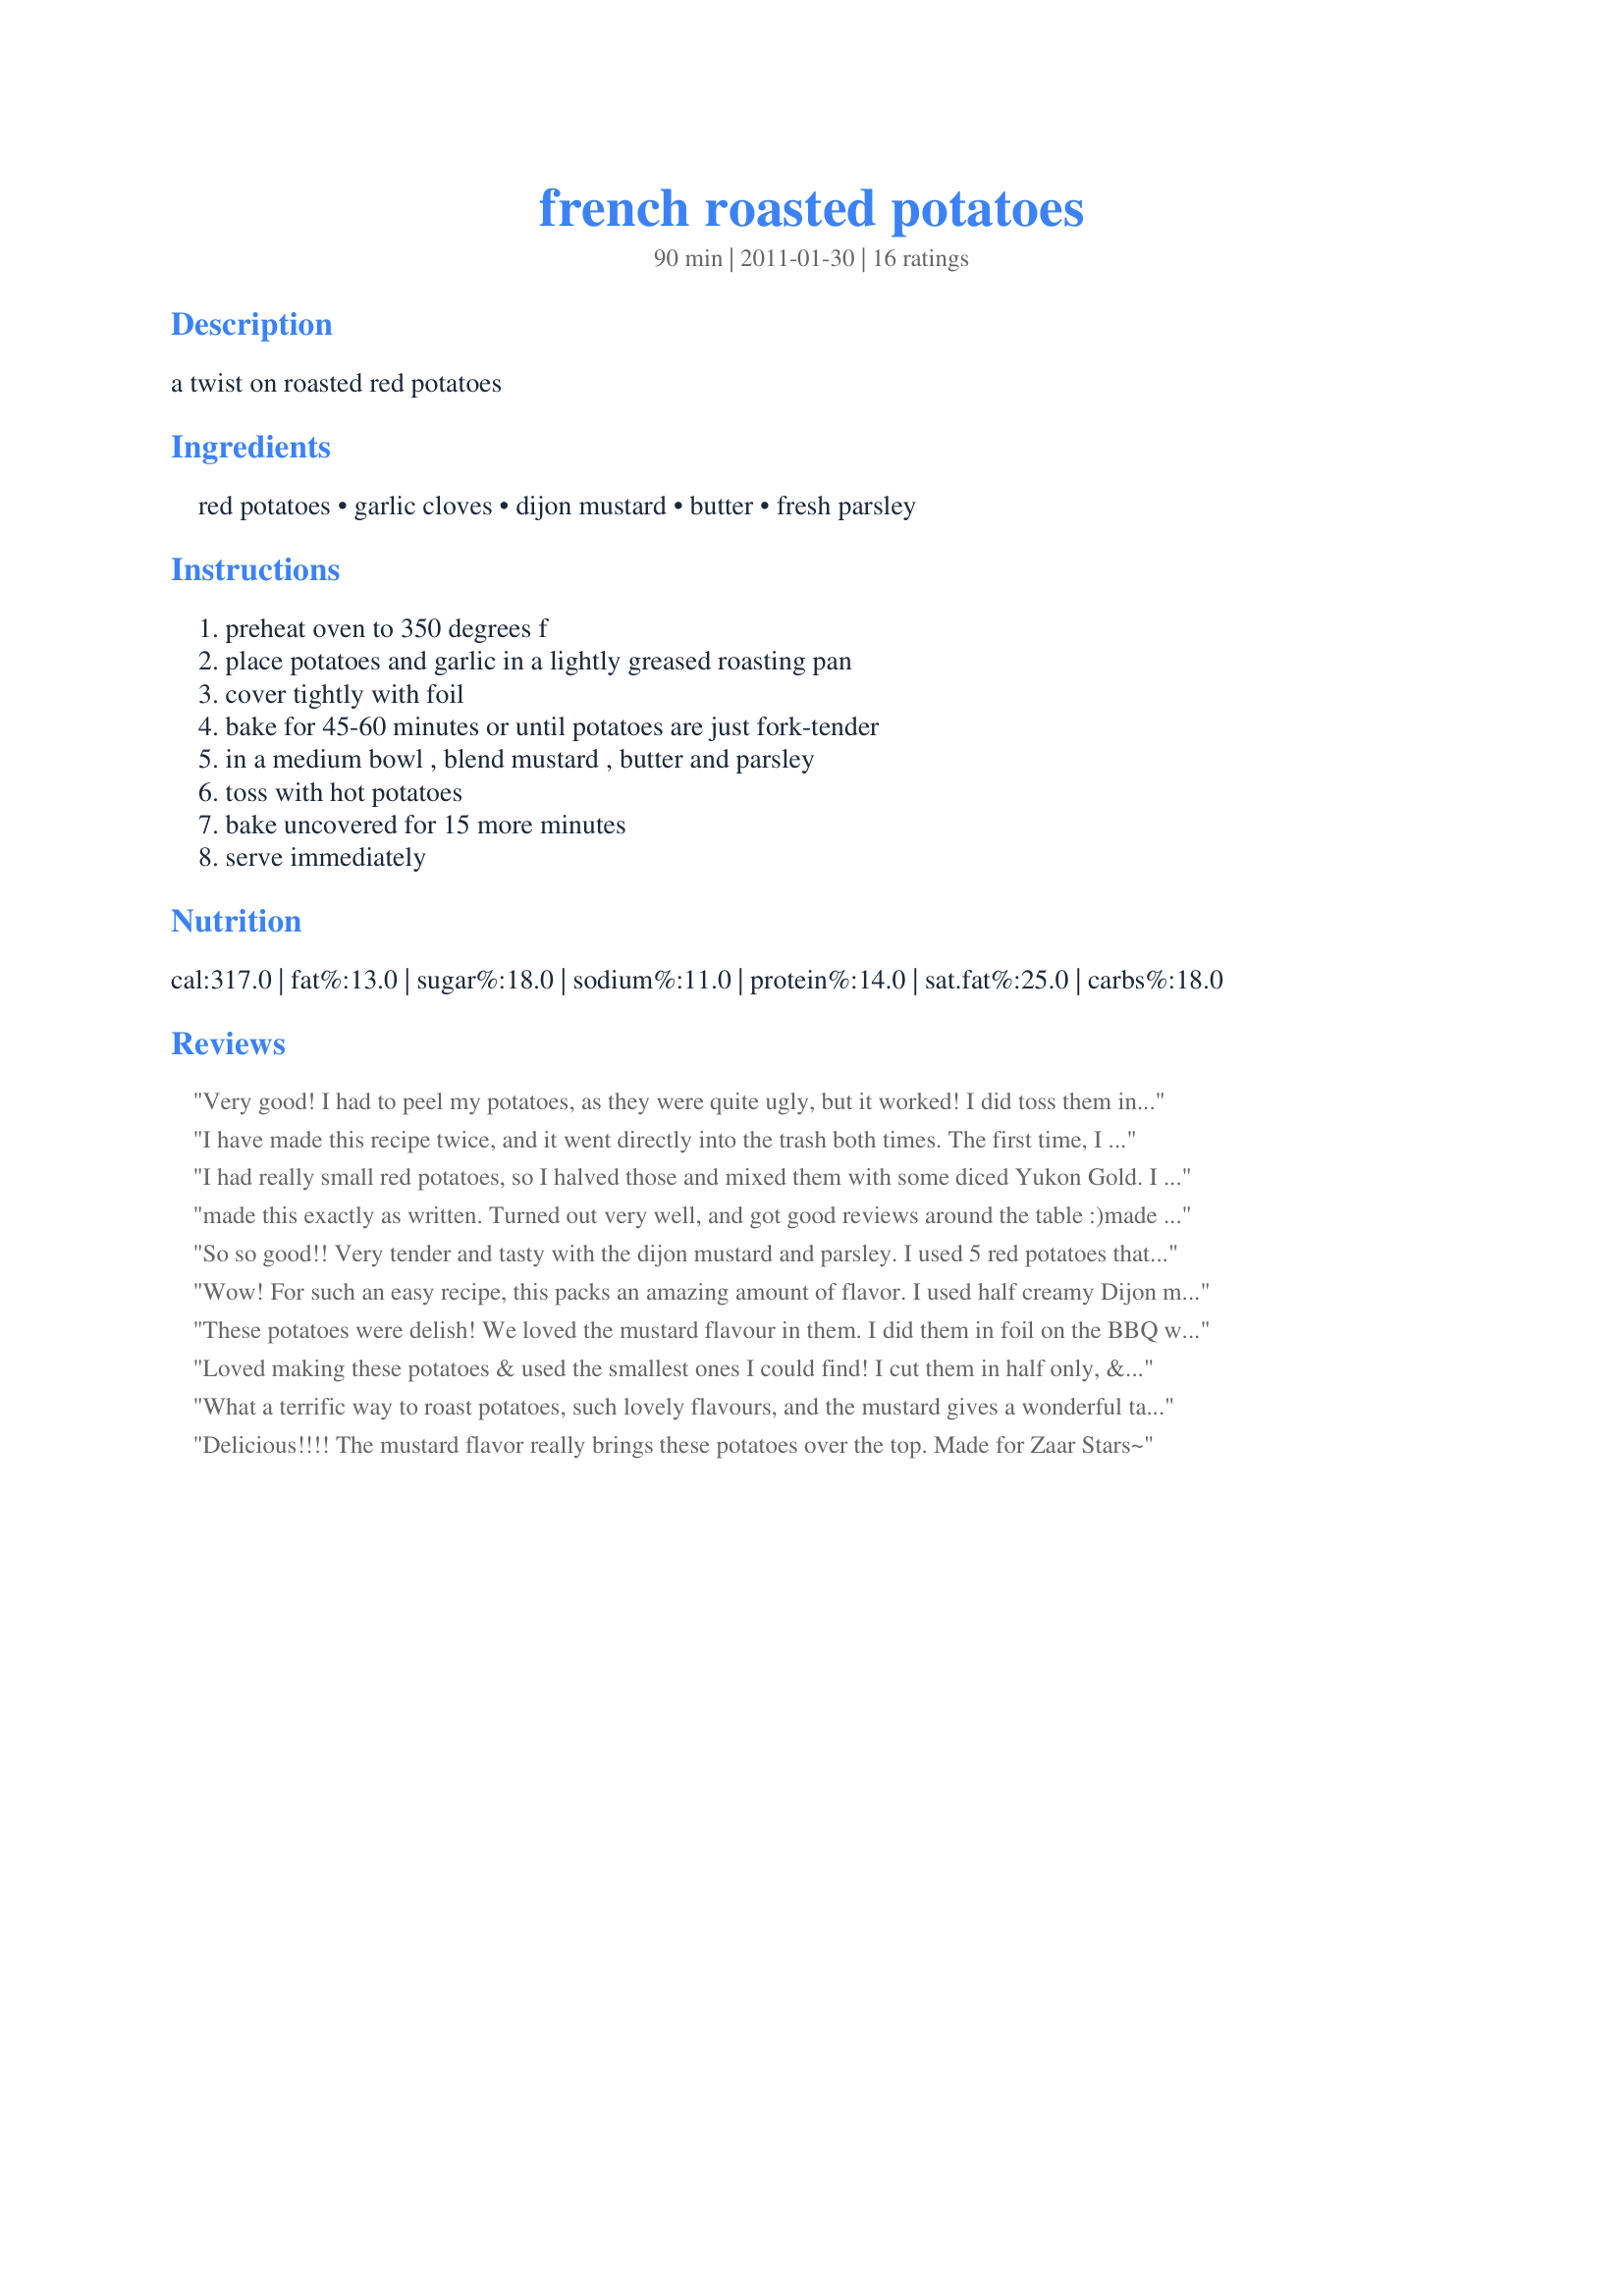
french roasted potatoes
Preparation time: 90 minutes

a twist on roasted red potatoes

Ingredients:
red potatoes, garlic cloves, dijon mustard, butter, fresh parsley

Steps:
preheat oven to 350 degrees f, place potatoes and garlic in a lightly greased roasting pan, cover tightly with foil, bake for 45-60 minutes or until potatoes are just fork-tender, in a medium bowl , blend mustard , butter and parsley, toss with hot potatoes, bake uncovered for 15 more minutes, serve immediately

Reviews:
Very good! I had to peel my potatoes, as they were quite ugly, but it worked! I did toss them in olive oil and seasoned them with salt and pepper before baking them. I will definitely do this again, hopefully with younger potatoes! Thanks for posting, made for Zaar Stars 2013
I have made this recipe twice, and it went directly into the trash both times. The first time, I made it to the letter: quartered red potatoes, tight foil, 350, the works. The potatoes were BARELY cooked by the end. The second time, I cubed them, made the foil less tight, upped the temps to 400, and cooked for an extra half hour. The potatoes that time ended up halfway cooked. Clearly, red potatoes are either not meant to be roasted or need to be roasted for about 2 hours. I'm done trying this.
I had really small red potatoes, so I halved those and mixed them with some diced Yukon Gold. I had this with beef tonight, but think it would work equally well with chicken or fish. I really enjoyed the wonderful mustard taste! A nice twist to roasted potatoes. Thanks for sharing!
made this exactly as written. Turned out very well, and got good reviews around the table :)<br/>made for Aussie Swap, Feb 2011
So so good!! Very tender and tasty with the dijon mustard and parsley. I used 5 red potatoes that needed using up and it worked out great for hubby and me. YUM! Made for Everyday is a Holiday 2014.
Wow! For such an easy recipe, this packs an amazing amount of flavor. I used half creamy Dijon mustard and half whole grain, and loved the contrast of textures this brought to the dish. A great simple side dish for a more complex main dish; I'll definitely keep this one in my back pocket for cooking emergencies! Made for ZWT8
These potatoes were delish! We loved the mustard flavour in them. I did them in foil on the BBQ which worked well.
Loved making these potatoes & used the smallest ones I could find! I cut them in half only, & another time would like to have them whole & serve on a counter of finger foods! As with other reviewers, we loved the mustard flavor & will certainly be making them again & again! Thanks for posting the recipe! [Made & reviewed in Zaar Stars recipe tag]
What a terrific way to roast potatoes, such lovely flavours, and the mustard gives a wonderful taste to the potatoes.<br/>What a great way to serve potatoes with a roast!<br/>Thanks AZPARZYCH for a new and tasty way to serve potatoes.
Delicious!!!! The mustard flavor really brings these potatoes over the top. <br/>Made for Zaar Stars~
i loved these. spray foil after you put mustard sauce on mine stuck a little who knew with the butter? i didnt use the full amount of mustard only a couple of tablespoons ,even so it had a nice carmelization going ,that i love . and the flavor was mustardy enough for me . if you like the fuller flavor,which i do , these are a must try
This is a great recipe, delicious flavour combination. I cooked them on the BBQ, but I had issues with the garlic burning because it's difficult to control the temperature on our grill (seems to be hot or off :). That's no fault of the recipe, however if you have the same problem, I guess you could add more oil or add the garlic in later with the mustard sauce, which is what I plan to do next time.
I used Yukon Gold potatoes rather than red potatoes and a nice grainy Dijon. The potatoes were cooked to perfection. I did find the mustard a bit overpowering, though, and would use a bit less next time.
These were delish. I loved the Dijon on these. Thanks for sharing. Made for Zaar Stars Tag.
With the exception of using small Yukon Gold's instead of the red's (what I had) I just followed the recipe. They came out just great. Well cooked and soft in the inside with a perfectly golden brown roasted outside. The mustard gives a very mice, not overpowering, flavoring that makes these special. I served them tonight with fish fillets and my portion of fish I rubbed in the bowl that had a light film of the mustard mix left in it. It added a very mild but nice touch to the fish as well.
This is a bit different from my usual method of making roasted potatoes. I used softened butter instead of melted, since I find it mixes better with the mustard. The mustard seems as if it would be a very strong flavor, but it actually mellows out and makes an excellent complement to the other tastes. Great dish, thanks for posting!
